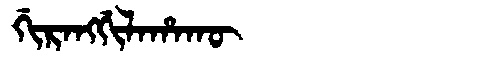
Manchu: ᡤᡳᡵᠠᠩᡤᡳᠯᠠᡥᠠᡴᡡ
Romanization: GIRANGGILAHAKŪ